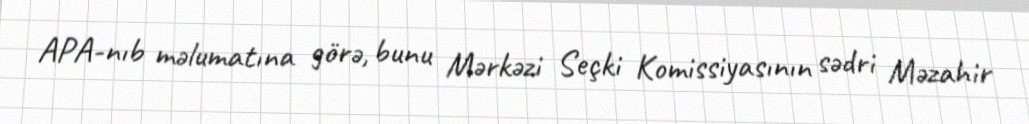
APA-nıb mәlumatına görә, bunu Mәrkәzi Seçki Komissiyasının sәdri Mәzahir